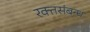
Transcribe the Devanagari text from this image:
रक्तसंबन्ध